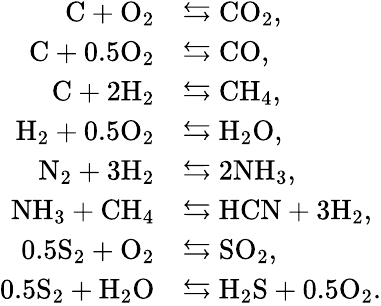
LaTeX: \begin{array}{rl}{\mathrm{C}+\mathrm{O}_{2}}&{\leftrightarrows\mathrm{CO}_{2},}\\ {\mathrm{C}+0.5\mathrm{O}_{2}}&{\leftrightarrows\mathrm{CO},}\\ {\mathrm{C}+2\mathrm{H}_{2}}&{\leftrightarrows\mathrm{CH}_{4},}\\ {\mathrm{H}_{2}+0.5\mathrm{O}_{2}}&{\leftrightarrows\mathrm{H}_{2}\mathrm{O},}\\ {\mathrm{N}_{2}+3\mathrm{H}_{2}}&{\leftrightarrows 2\mathrm{NH}_{3},}\\ {\mathrm{NH}_{3}+\mathrm{CH}_{4}}&{\leftrightarrows\mathrm{HCN}+3\mathrm{H}_{2},}\\ {0.5\mathrm{S}_{2}+\mathrm{O}_{2}}&{\leftrightarrows\mathrm{SO}_{2},}\\ {0.5\mathrm{S}_{2}+\mathrm{H}_{2}\mathrm{O}}&{\leftrightarrows\mathrm{H}_{2}\mathrm{S}+0.5\mathrm{O}_{2}.}\end{array}